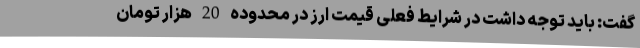
گفت: باید توجه داشت در شرایط فعلی قیمت ارز در محدوده 20 هزار تومان